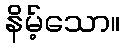
နိမ့်သော။